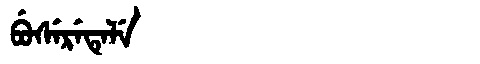
Manchu: ᠪᡠᠰᡝᡵᡝᡨᡝᠯᡝ
Romanization: BUSERETELE